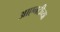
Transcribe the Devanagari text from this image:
आएनटीच्या